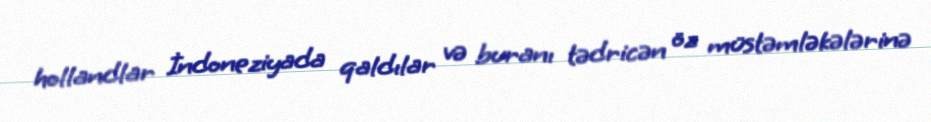
hollandlar İndoneziyada qaldılar və buranı tədricən öz müstəmləkələrinə